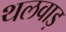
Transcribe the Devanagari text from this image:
थलवाड़